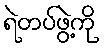
ရဲတပ်ဖွဲ့ကို